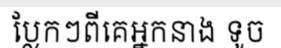
ប្លែកៗពីគេអ្នកនាង ទូច